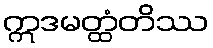
ဣဒမတ္ထံတိဿ